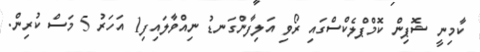
ކާމިނީ ޝޮޕިން ކޮމްޕްލެކްސްގައި ރޯވި އަލިފާންގަނޑު ނިއްވާލައިފި1 އަހަރު 5 މަސް ކުރިން.